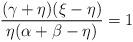
LaTeX: \begin{align*}\frac{(\gamma+\eta)(\xi-\eta)}{\eta(\alpha+\beta-\eta)}=1\end{align*}